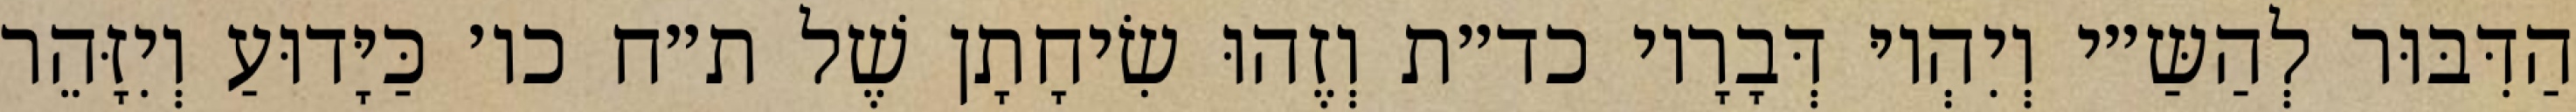
הַדִּבּוּר לְהַשַּ״י וְיִהְיוּ דְּבָרָיו כד״ת וְזֶהוּ שִׂיחָתָן שֶׁל ת״ח כו׳ כַּיָּדוּעַ וְיִזָּהֵר